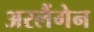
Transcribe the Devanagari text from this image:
अरलैंगेन